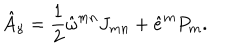
LaTeX: \hat { A } _ { \gamma } = \frac { 1 } { 2 } \hat { \omega } ^ { m n } J _ { m n } + \hat { e } ^ { m } P _ { m } .